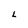
Character: L